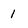
Character: 1